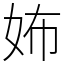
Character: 㚴